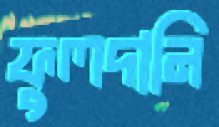
ফুলদানি